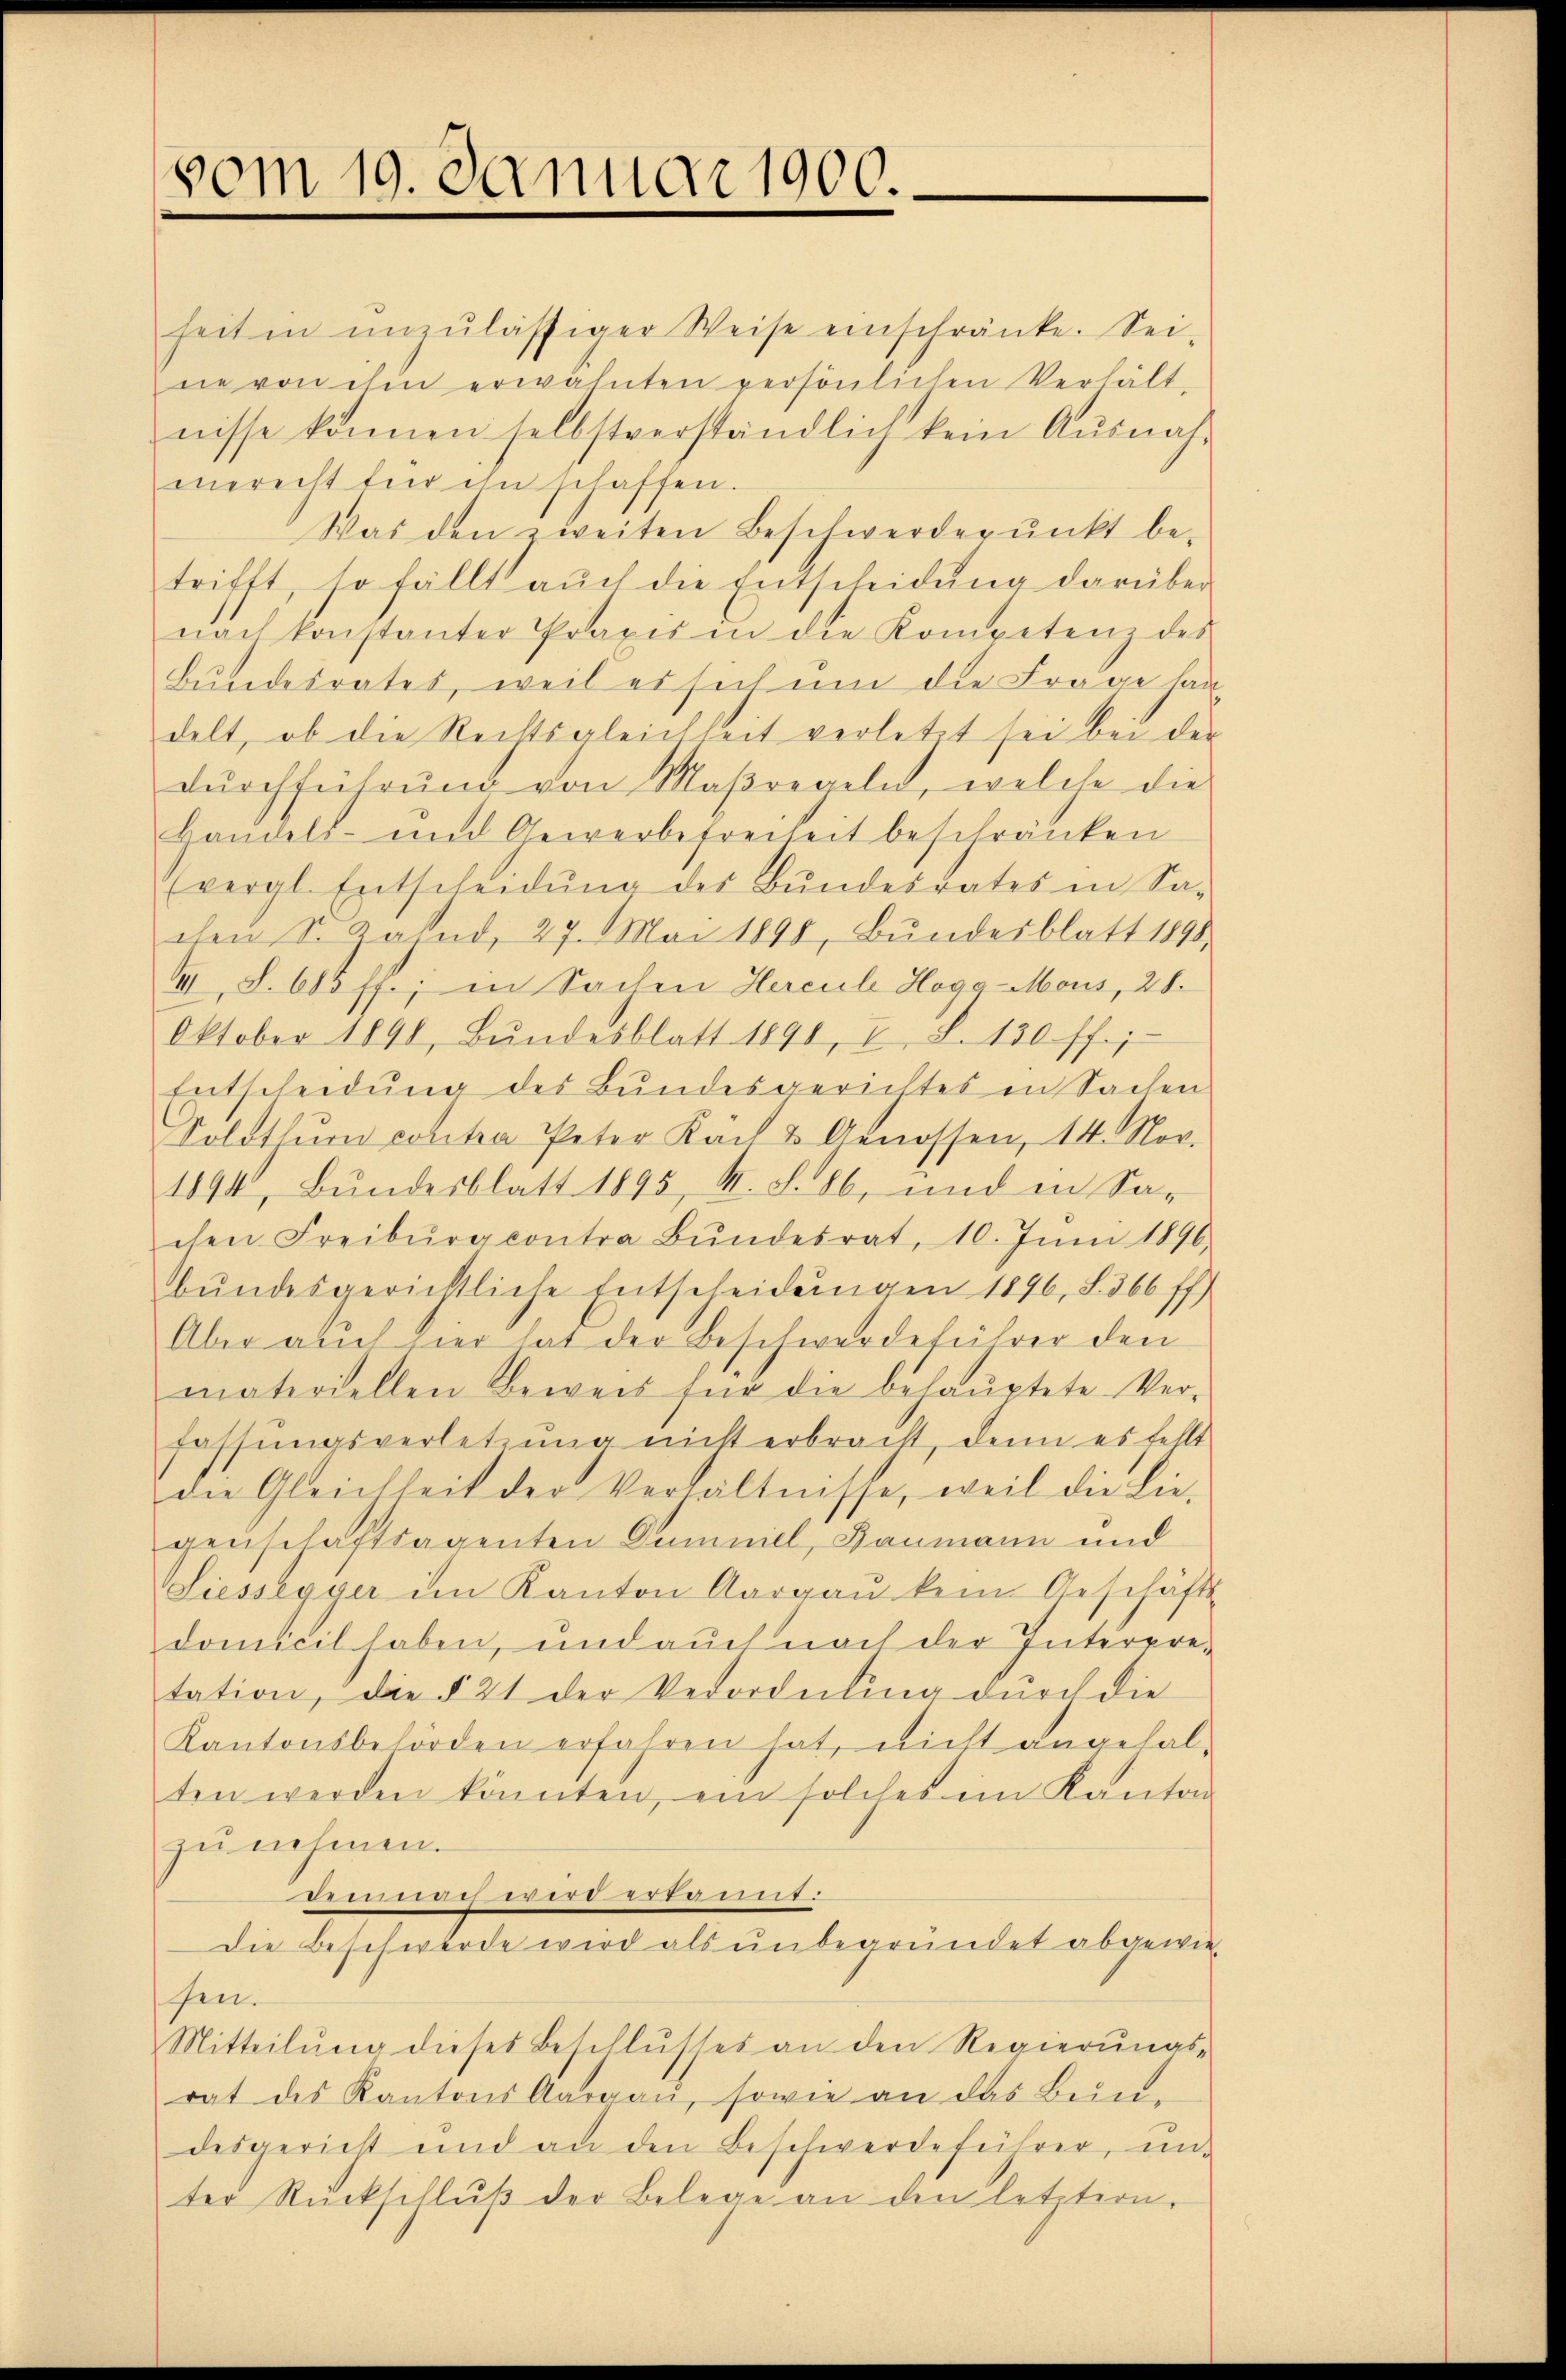
vom 19. Januar 1900.

heit in unzulässiger Weise einschränke. Sei-
ne von ihm erwähnten persönlichen Verhält-
nisse können selbstverständlich kein Ausnahmerecht für ihn schaffen.
Was den zweiten Beschwerderŭnkt be-
trifft, so fällt aŭch die Entscheidŭng darüber
nach konstanter Praxis in die Kompetenz des
Bundesrates, weil es sich um die Frage lan
delt, ob die Rechtsgleichheit verletzt sei bei der
dŭrchführung von Maßregeln, welche die
Bandels- und Gewerbefreiheit beschränken
(vergl. Entscheidŭng der Bŭndesrates in Sa-
chen S. Zahnd, 27. Mai 1898, Bŭndesblatt 1898.
II, S. 605 ff.; in Sachen Hercule Hogo-Mous, 28.
Oktober 1890, Bŭndesblatt 1890, I, S. 130 ff.;
Entscheidŭng des Bŭndesgerichtes in Sachen
Solothŭr contra Peter Kach & Genossen, 14. Nov.
1894, Bundesblatt 1895, M. S. 86, und in Sa-
chen Freiburg contra Bŭndesrat, 10. Juni 1896,
bŭndesgerichtliche Entscheidŭngen 1896, S. 366 ff.
Aber auch hier hat der Beschwerdeführer den
materiellen Beweis für die behauptete Ver-
fassungsverletzung nicht erbracht, denn es fellt
die Gleichheit der Verhältnisse, weil die Lie-
genschaftsagenten Drumnill, Baumann und
Liessegger im Kanton Aargaŭ kein Geschäfts-
domicil haben, und auch nach der Interrretation, die § 21 der Verordnung dŭrch die
Kantonsbehörden erfahren hat, nicht angehalten werden könnten, ein solches im Kanton
zunehmen.
demnach wird erkannt.
Die Beschwerde wird als unbegründet abgewie-
fen.
Mitteilŭng dieses Beschlŭsses an den Regierŭngs-
rat des Kantons Aargau, sowie an das Bein-
desgericht und an den Beschwerdeführer, un
ter Rückschlŭβ der Belege an den letztern.